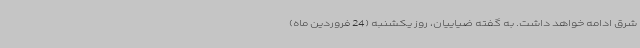
شرق ادامه خواهد داشت. به گفته ضیاییان، روز یکشنبه (24 فروردین ماه)